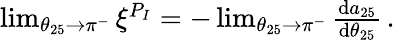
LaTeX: \begin{array}{r}{\operatorname*{lim}_{\theta_{25}\to\pi^{-}}\xi^{P_{I}}=-\operatorname*{lim}_{\theta_{25}\to\pi^{-}}\frac{\mathrm{d}a_{25}}{\mathrm{d}\theta_{25}}\, .}\end{array}